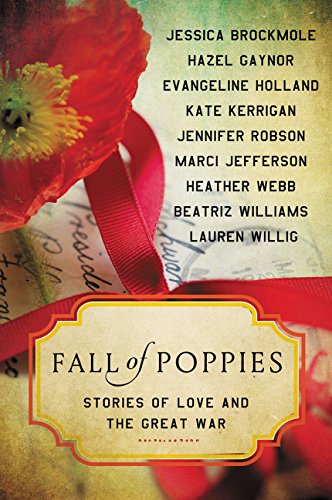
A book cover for Fall of Poppies: Stories of Love and the Great War; Heather Webb; Literature & Fiction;